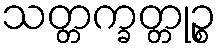
သတ္တက္ခတ္တုဉ္စ